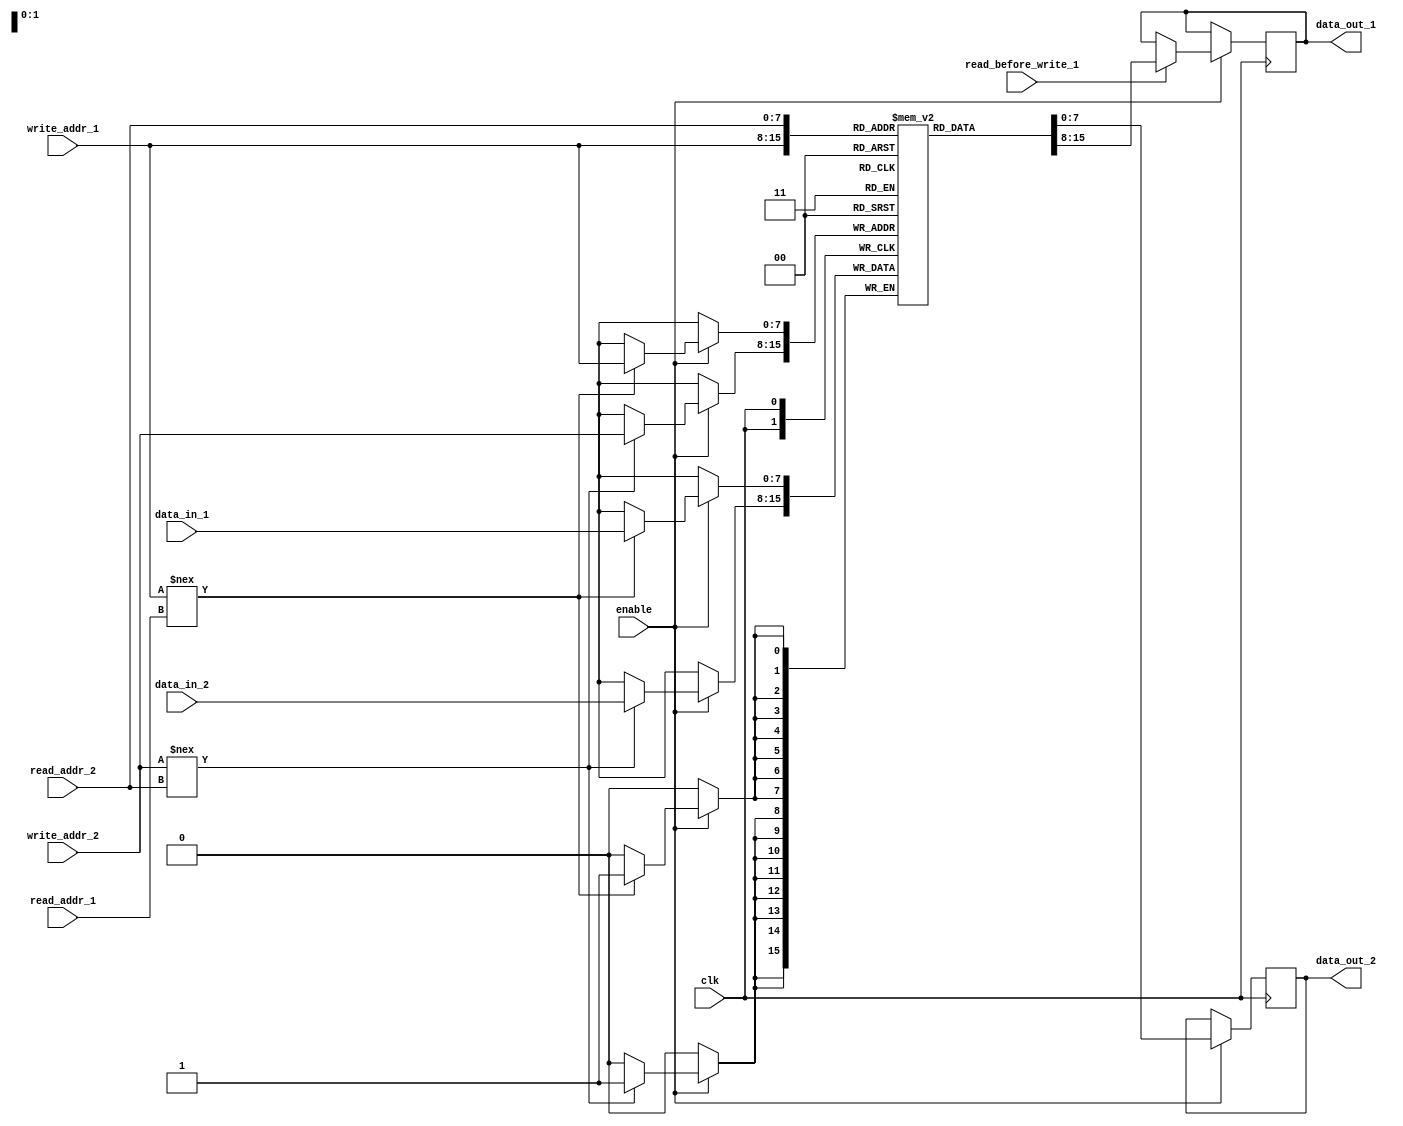
module dual_port_ram (
    input wire clk,
    input wire enable,
    input wire [7:0] read_addr_1,
    input wire [7:0] write_addr_1,
    input wire [7:0] data_in_1,
    input wire read_before_write_1,
    output reg [7:0] data_out_1,
    
    input wire [7:0] read_addr_2,
    input wire [7:0] write_addr_2,
    input wire [7:0] data_in_2,
    output reg [7:0] data_out_2
);
    
reg [7:0] ram [0:255];

always @(posedge clk) begin
    if (enable) begin
        if (read_before_write_1) begin
            data_out_1 <= ram[write_addr_1];
        end
        
        if (write_addr_1 !== read_addr_1) begin
            ram[write_addr_1] <= data_in_1;
        end
        
        data_out_2 <= ram[read_addr_2];
        
        if (write_addr_2 !== read_addr_2) begin
            ram[write_addr_2] <= data_in_2;
        end
    end
end
endmodule